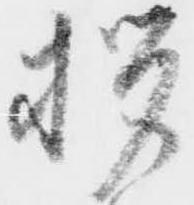
拶